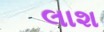
લાશ